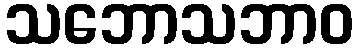
သဘောသဘာဝ